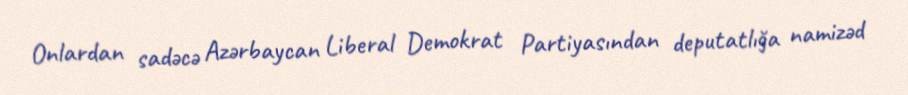
Onlardan sadəcə Azərbaycan Liberal Demokrat Partiyasından deputatlığa namizəd